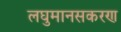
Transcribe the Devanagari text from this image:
लघुमानसकरण